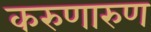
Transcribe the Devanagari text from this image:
करुणारुण